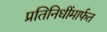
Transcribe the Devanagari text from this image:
प्रतिनिधींमार्फत